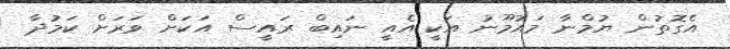
އެގޮތުން ޔުމްނާ މައުމޫނު އަކީ އެއީ ނައިބް ރައީސް އަކަށް ވަރަށް ކަމުދާ